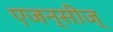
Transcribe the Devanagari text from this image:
एजन्सीज्